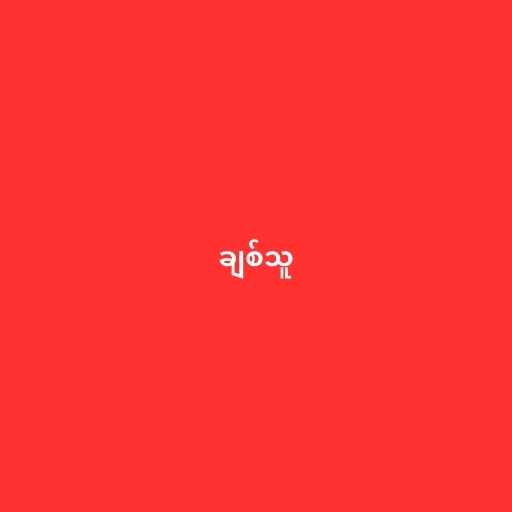
ချစ်သူ